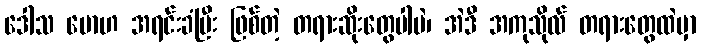
ဒေါသ မောဟ အရင်းခံပြီး ဖြစ်တဲ့ တရားဆိုးတွေပါပဲ၊ အဲဒီ အကုသိုလ် တရားတွေထဲမှာ